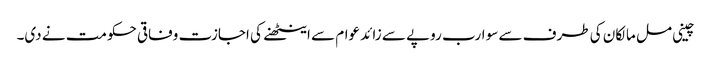
چینی مل مالکان کی طرف سے سو ارب روپے سے زائد عوام سے اینٹھنے کی اجازت وفاقی حکومت نے دی۔